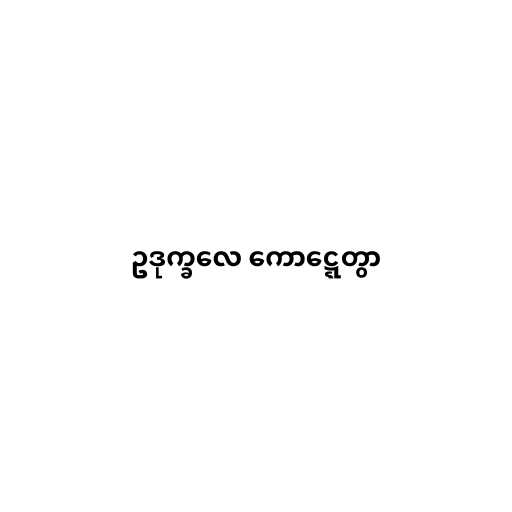
ဥဒုက္ခလေ ကောဋ္ဋေတွာ